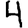
Digit: 4